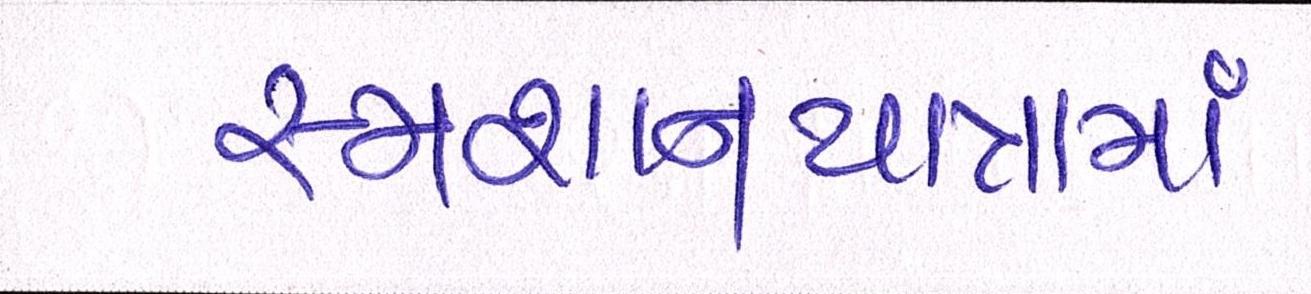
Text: સ્મશાનયાત્રામાં